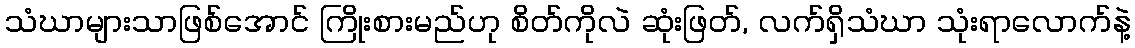
သံဃာများသာဖြစ်အောင် ကြိုးစားမည်ဟု စိတ်ကိုလဲ ဆုံးဖြတ်, လက်ရှိသံဃာ သုံးရာလောက်နဲ့